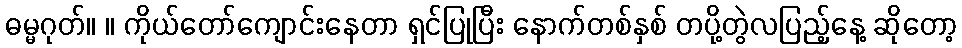
ဓမ္မဂုတ်။ ။ ကိုယ်တော်ကျောင်းနေတာ ရှင်ပြုပြီး နောက်တစ်နှစ် တပို့တွဲလပြည့်နေ့ ဆိုတော့